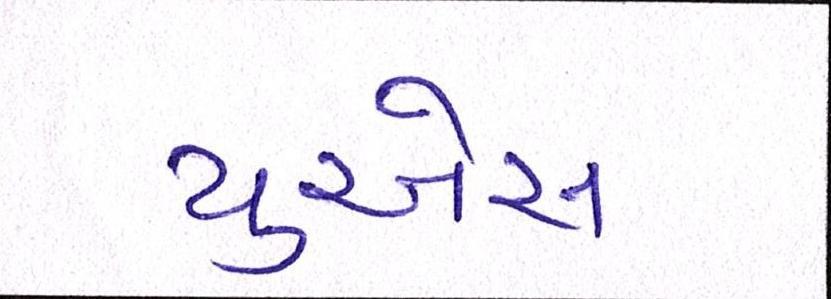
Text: યુએસ